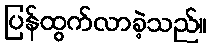
ပြန်ထွက်လာခဲ့သည်။